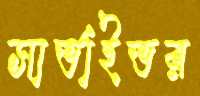
সার্ভাইভর